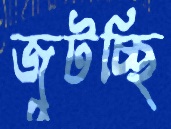
জুটচ্ছি